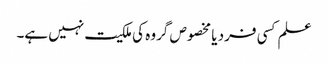
علم کسی فرد یا مخصوص گروہ کی ملکیت نہیں ہے۔